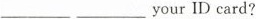
___ ___ your ID card?